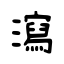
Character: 瀉